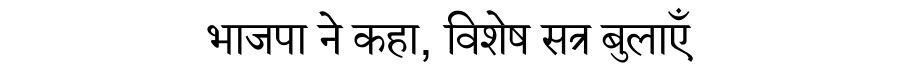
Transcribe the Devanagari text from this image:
भाजपा ने कहा, विशेष सत्र बुलाएँ